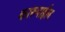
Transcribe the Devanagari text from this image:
कारुपाईल